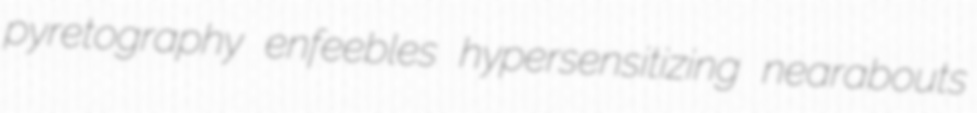
pyretography enfeebles hypersensitizing nearabouts